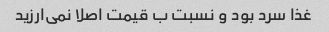
غذا سرد بود و نسبت ب قیمت اصلا نمی‌ارزید